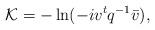
\begin{align*}{\cal K} = - \ln (-i v^t q^{-1} \bar{v}),\end{align*}